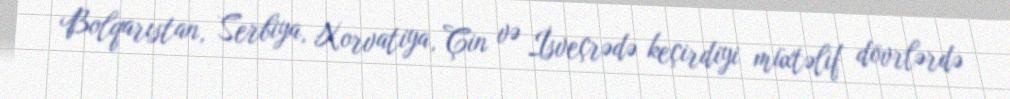
Bolqarıstan, Serbiya, Xorvatiya, Çin və İsveçrədə keçirdiyi müxtəlif dövrlərdə